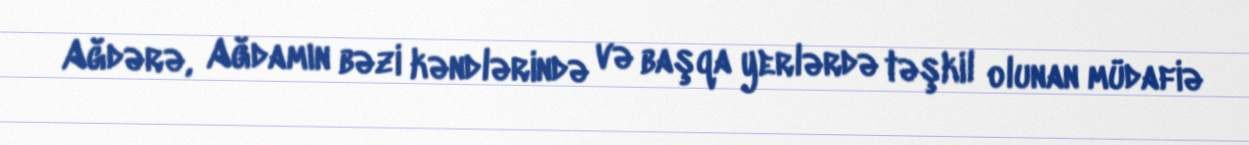
Ağdərə, Ağdamın bəzi kəndlərində və başqa yerlərdə təşkil olunan müdafiə